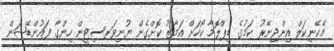
މެކޭނިކަލް އިންޖިނޭރު ކަމުގެ ޑިޕްލޮމާ ކޯހަށް އަމާޒު ކޮށްގެން ޔުނިވަރސިޓީން ހިންގާ ފައުންޑޭޝަން